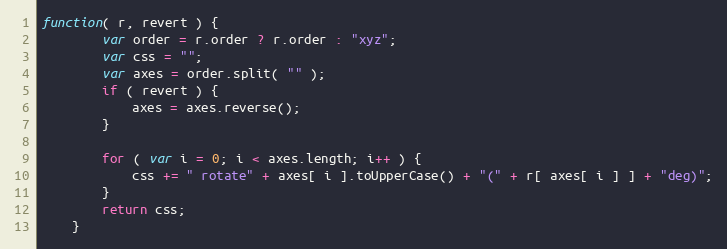
Language: JavaScript
function( r, revert ) {
        var order = r.order ? r.order : "xyz";
        var css = "";
        var axes = order.split( "" );
        if ( revert ) {
            axes = axes.reverse();
        }

        for ( var i = 0; i < axes.length; i++ ) {
            css += " rotate" + axes[ i ].toUpperCase() + "(" + r[ axes[ i ] ] + "deg)";
        }
        return css;
    }